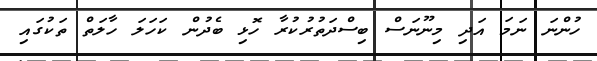
ހުންނަ ނަމަ އަދި މިނޫނަސް ބިސްދަތުރުކުރާ ހޮޅި ބެދުން ކަހަލަ ހާލަތް ތަކުގައި